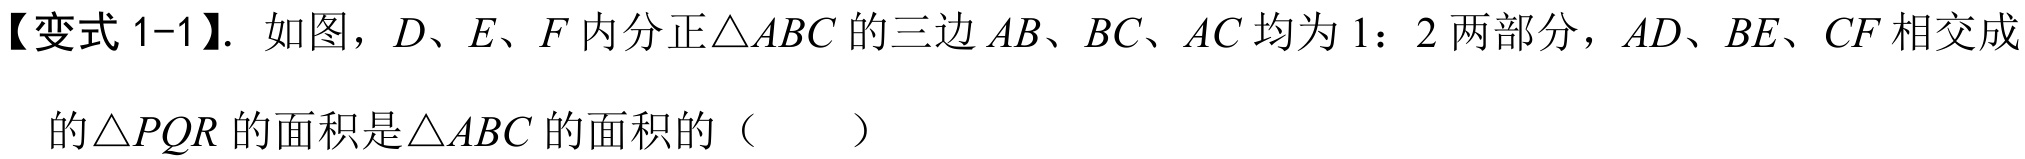
【变式 1-1】. 如图，\(D\)、\(E\)、\(F\) 内分正\(\triangle ABC\) 的三边 \(AB\)、\(BC\)、\(AC\) 均为 \(1:2\) 两部分，\(AD\)、\(BE\)、\(CF\) 相交成的\(\triangle PQR\) 的面积是\(\triangle ABC\) 的面积的（  ）